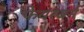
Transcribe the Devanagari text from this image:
फेयरबर्न